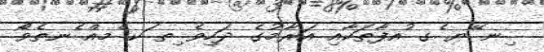
ިނ ޭޔ ެގ ުއފާތަކާއި އަރާމުގެ ދަހިވެ ިތ ަކ ެމއް ެނތެވެޯ